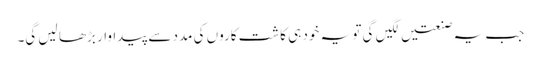
جب یہ صنعتیں لگیں گی تو یہ خود ہی کاشت کاروں کی مدد سے پیداوار بڑھا لیں گی۔